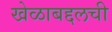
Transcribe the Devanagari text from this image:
खेळाबद्दलची